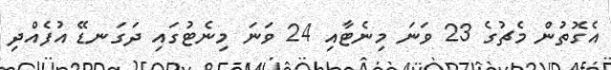
އެގޮތުން މެޗުގެ 23 ވަނަ މިނެޓާއި 24 ވަނަ މިނެޓުގައި ދަގަނޑޭ އުފެއްދި